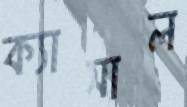
ক্যাসাল